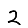
Digit: 2